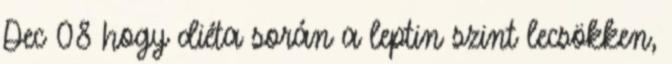
Dec 08 hogy diéta során a leptin szint lecsökken,